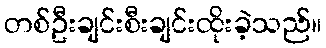
တစ်ဦးချင်းစီးချင်းထိုးခဲ့သည်။